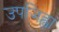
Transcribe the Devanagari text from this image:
उपजिह्वा